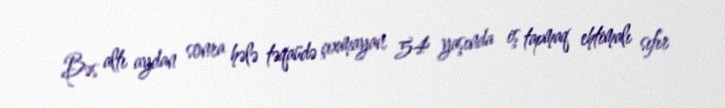
Bəs altı aydan sonra hələ təqaüdə çıxmayan, 54 yaşında iş tapmaq ehtimalı sıfır